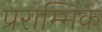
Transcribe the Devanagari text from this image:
प्रराम्भिक